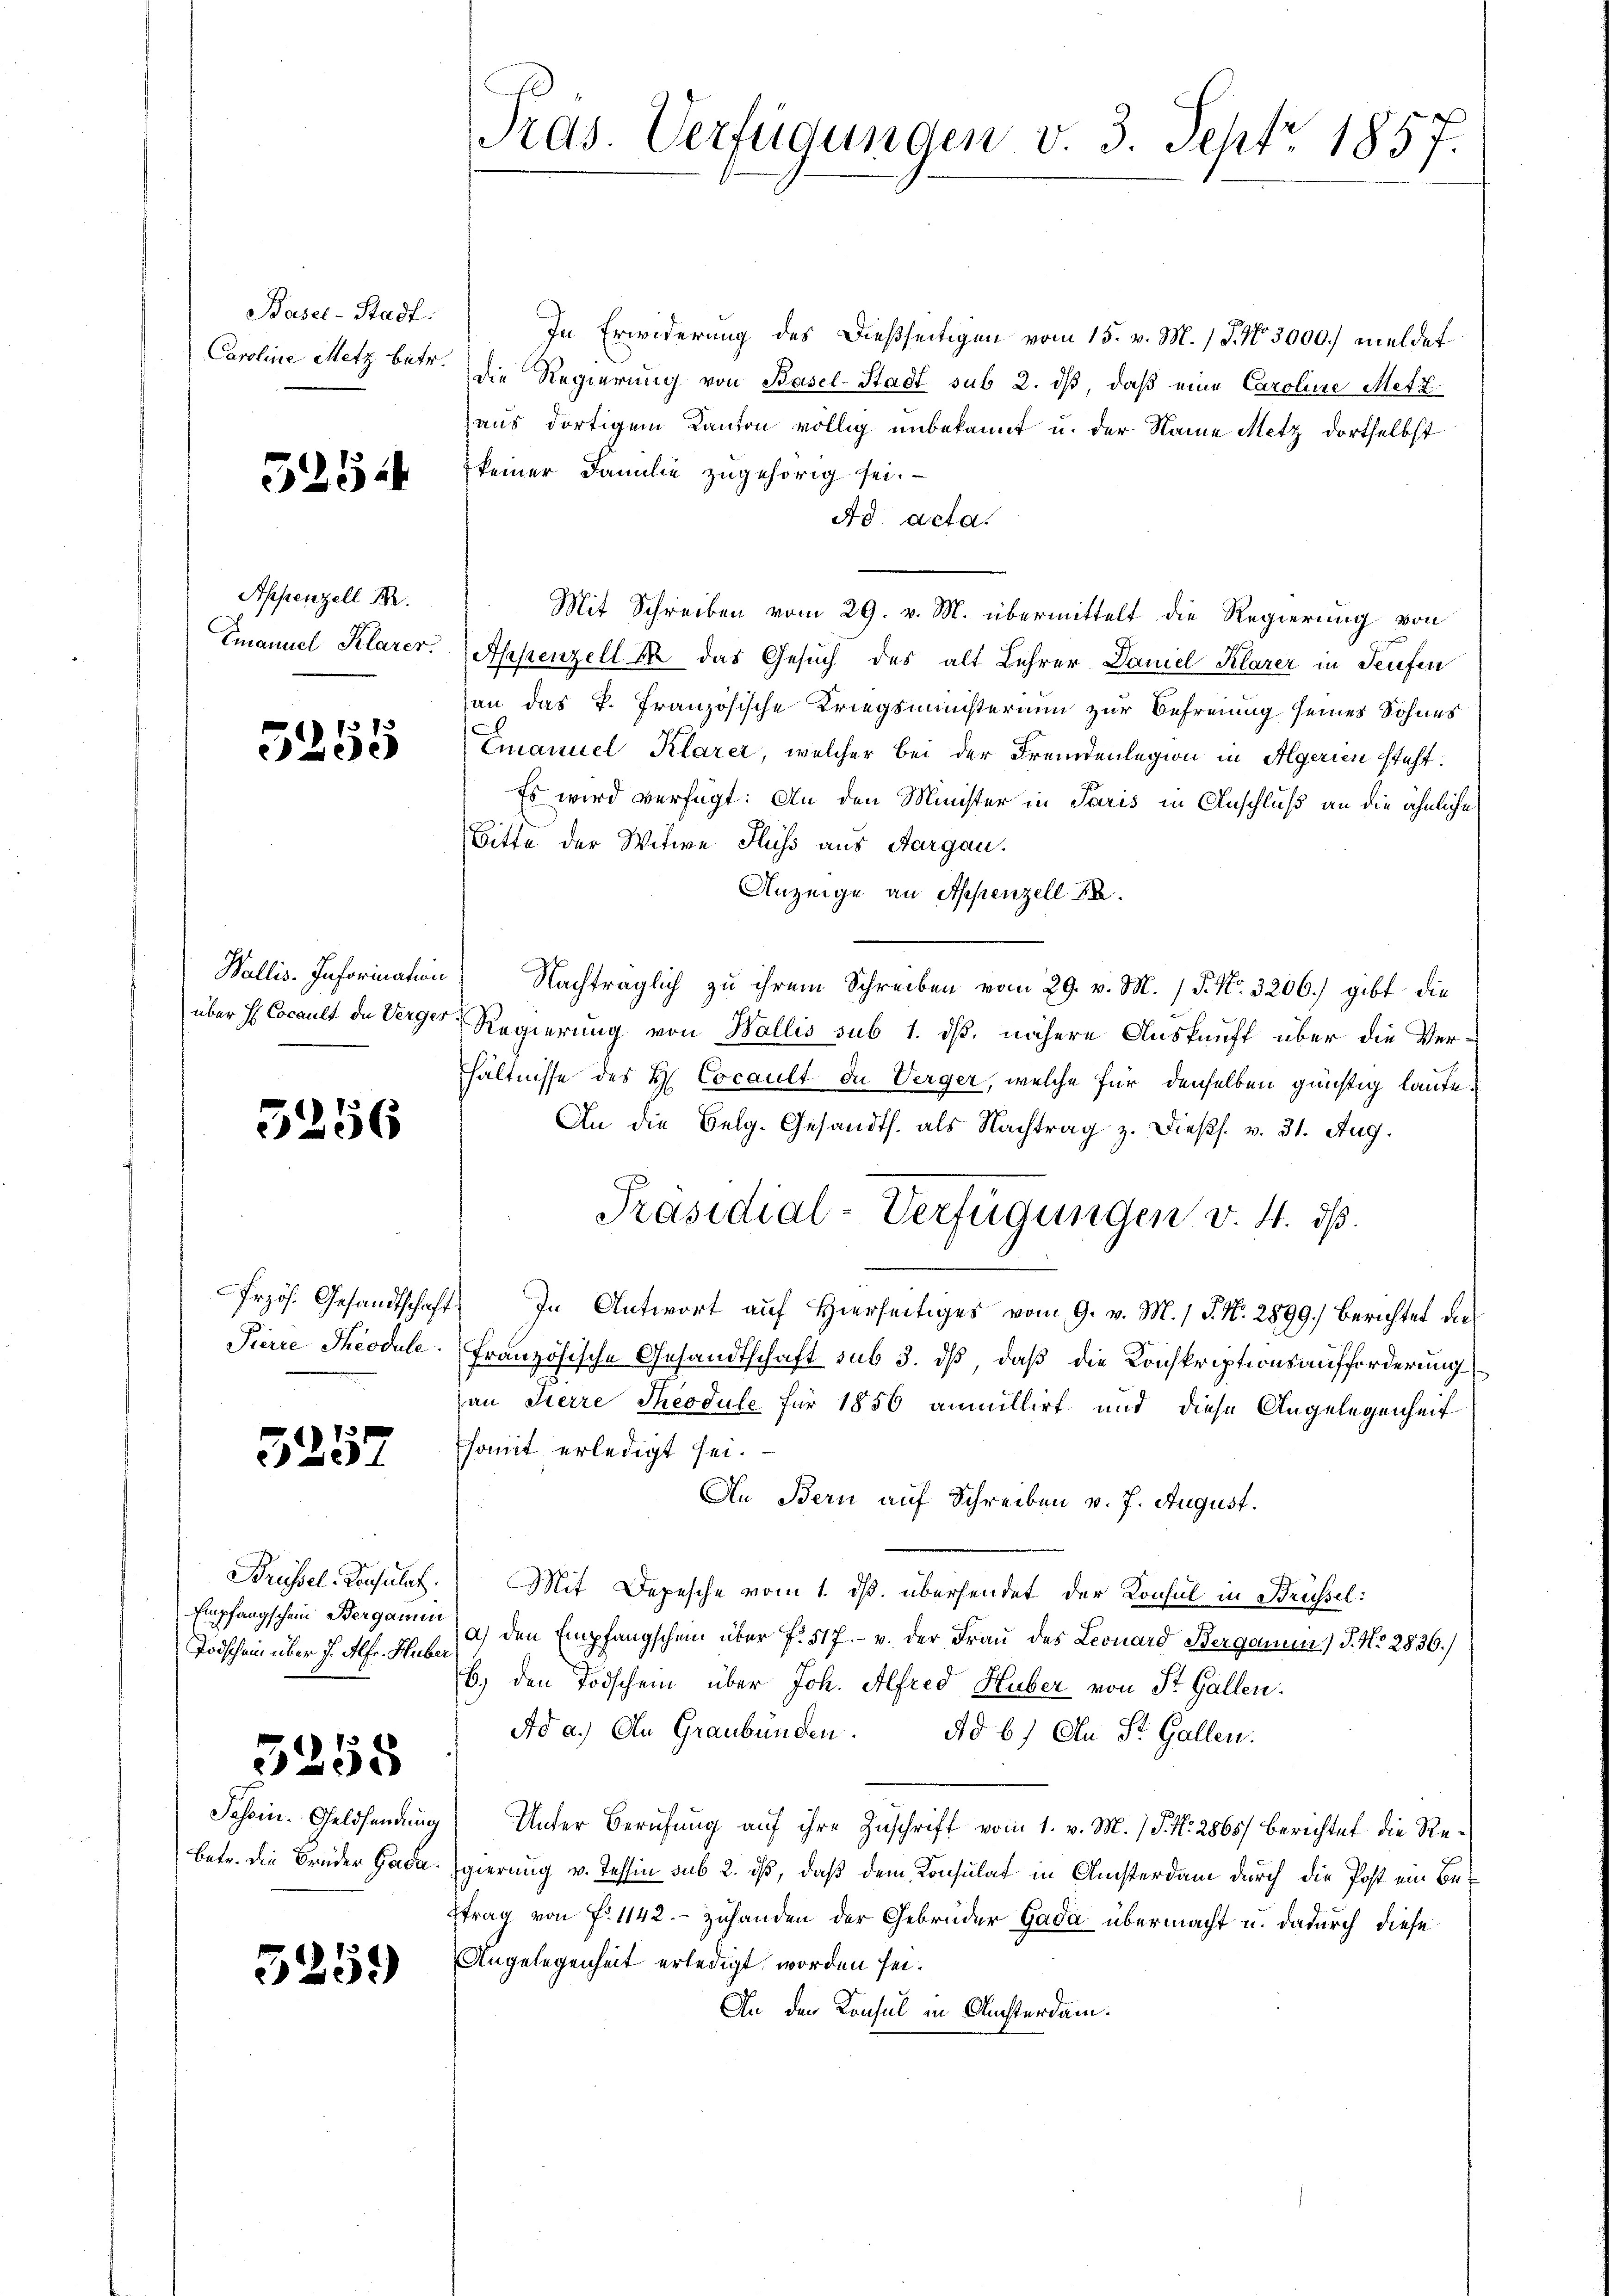
Basel-Stadt.
Caroline Metz betr.

5254

Appenzell I.
Emanuel Klarer.

5255

5256

Przös. Gesandtschaft
Pierre Theodule.

5257

Brüssel-Konsulat.
Empfangschen Bergamen
Todschein über J. Alfr. Huber

5258

Schein. Geldsendung
betr. die Brüder Garda.

5259

Pras. Verfügungen v. 3. Sept. 1857.

In Erwiderung des Dießseitigen vom 15. v. M. 1 S. Nr. 5000. meldet
die Regierung von Basel-Stadt sub 2. ds, daß eine Caroline Metzaus dortigem Kanton völlig unbekannt u. der Name Metz dortselbst
keiner Familie zugehörig sei.
Ad acta.
Mit Schreiben vom 29. v. M. übermittelt die Regierung von
Appenzell M. das Gesuch des alt Lehrer Daniel Klarer in Teufen
an das P. Französische Kriegsministerium zur Befreiung seiner Sohnes
Emanuel Klarer, welcher bei der Fremdenlegion in Algerien steht.
Es wird verfügt: An den Minister in Paris in Anschluß an die ähnliche
Bitte der Witwe Fluss aus Aargau.
Anzeige an Appenzell A.
Wallis. Information Nachträglich zu ihrem Schreiben vom 29. v. M. / P. Nr. 3206.) gibt die
über H Cocault de Verger Regierung von Wallis sub 1. dß. nähere Auskunft über die Verhältnisse des H. Cocault de Verger, welche für denselben günstig laufe¬
An die Belg. Gesandts. als Nachtrag z. dießs. v. 31. Aug.
Präsidial-Verfügungen v. 4. ds.
) In Antwort auf Hierseitiges vom 9. v. M. / P. Nr. 2899. berichtet das
Französische Gesandtschaft sub 3. ds, daß die Konskriptionsaufforderung
an Tierre Theodule für 1856 anmillirt und diese Angelegenheit
somit erledigt sei.
An Bern auf Schreiben v. J. August.
Mit Depesche vom 1. ds. übersendet der Konsul in Brüssel:
a) den Empfangschein über f. 517. v. der Frau des Leonard Berganum) P. No 2836.)
b.) den Todschem über Joh. Alfred Huber von St. Gallen.
Ad a.) An Graubünden. Ad b.) An St. Gallen.
Unter Berufung auf ihre Zuschrift vom 1. v. M. (§. N. 2865) berichtet die Re¬
Egierung v. Tessin sub 2. ds, daß dem Konsulat in Ansterdam durch die Post ein Be¬
Etrag von f. 1142. - Zuhanden der Gebrüder Gada übermacht u. dadurch diese
Angelegenheit erledigt worden sei¬
An den Konsul in Ansterdam.